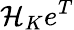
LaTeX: \mathcal{H}_{K}e^{T}